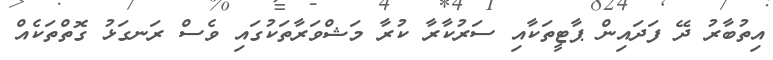
އިތުބާރު ދޭ ފަދައިން ޕާޓީތަކާއި ސަރުކާރާ ކުރާ މަޝްވަރާތަކުގައި ވެސް ރަނގަޅު ގޮތްތަކެއް